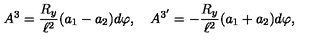
A ^ { 3 } = { \frac { R _ { y } } { \ell ^ { 2 } } } ( a _ { 1 } - a _ { 2 } ) d \varphi , \quad A ^ { 3 ^ { \prime } } = - { \frac { R _ { y } } { \ell ^ { 2 } } } ( a _ { 1 } + a _ { 2 } ) d \varphi ,